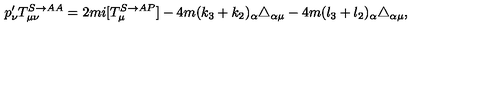
p _ { \nu } ^ { \prime } T _ { \mu \nu } ^ { S \rightarrow A A } = 2 m i [ T _ { \mu } ^ { S \rightarrow A P } ] - 4 m ( k _ { 3 } + k _ { 2 } ) _ { \alpha } \triangle _ { \alpha \mu } - 4 m ( l _ { 3 } + l _ { 2 } ) _ { \alpha } \triangle _ { \alpha \mu } ,